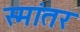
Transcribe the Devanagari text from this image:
स्मांतर